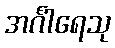
အင်္ဂါရေသု